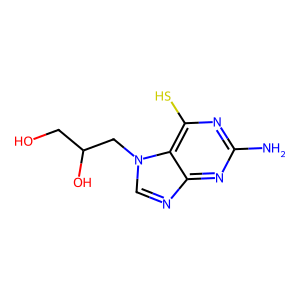
SMILES: Nc1nc(S)c2c(ncn2CC(O)CO)n1
Inhibits HIV replication: Yes